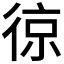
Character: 𭛵